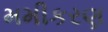
મમીકરણ